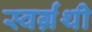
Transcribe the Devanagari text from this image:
स्वर्ग्रंथी